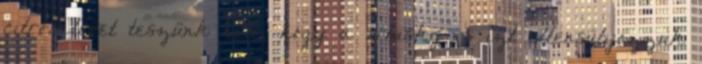
citromlevet teszünk bele, hogy a whisky- s ízt ellensúlyozzuk